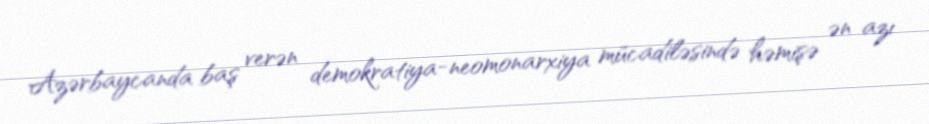
Azərbaycanda baş verən demokratiya-neomonarxiya mücadiləsində həmişə ən azı